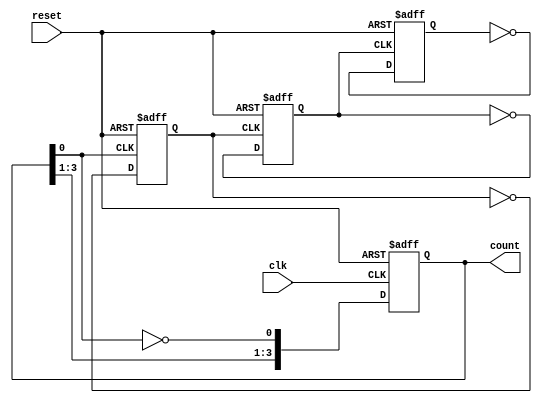
module async_ripple_counter #(
    parameter N = 4  // Number of bits in the counter
)(
    input wire clk,       // Clock input
    input wire reset,     // Asynchronous reset input
    output reg [N-1:0] count // Counter output
);

// Always block for the counter operation
always @(posedge clk or posedge reset) begin
    if (reset) begin
        count <= 0; // Reset the counter to 0
    end else begin
        count[0] <= ~count[0]; // Toggle the least significant bit
    end
end

// Generate the ripple effect for the remaining bits
genvar i;
generate
    for (i = 1; i < N; i = i + 1) begin : ripple
        always @(posedge count[i-1] or posedge reset) begin
            if (reset) begin
                count[i] <= 0; // Reset the counter bit
            end else begin
                count[i] <= ~count[i]; // Toggle the current bit
            end
        end
    end
endgenerate

endmodule